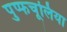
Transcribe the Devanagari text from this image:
पुप्फचूलिया